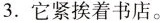
3.它紧挨着书店。